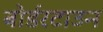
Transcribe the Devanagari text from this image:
बोर्डरटाउन